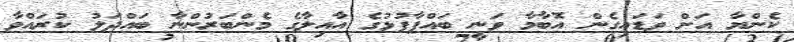
ކެންޔާ އަށް ވަޑައިގެން އޮބާމާ ވަނީ ބައްޕާފުޅުގެ އާއިލާގެ މެންބަރުންނާ ބައްދަލު ކުރައްވާ